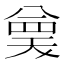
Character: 𭁗